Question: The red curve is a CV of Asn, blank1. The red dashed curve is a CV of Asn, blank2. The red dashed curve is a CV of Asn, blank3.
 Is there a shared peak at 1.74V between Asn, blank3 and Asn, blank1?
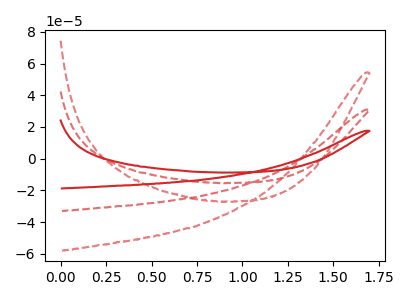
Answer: <think>The red curve "Asn, blank1" has no peaks. The red dashed curve "Asn, blank2" has no peaks. The red dashed curve "Asn, blank3" has no peaks.</think>
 <answer>No, "Asn, blank3" and "Asn, blank1" dont share a peak at 1.74V.</answer>
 <eval>mismatch</eval>